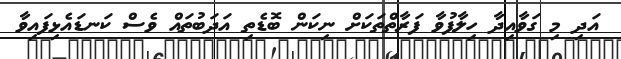
އަދި މި ގަވާއިދާ ހިލާފުވާ ފަރާތްތަކަށް ނިކަން ބޮޑެތި އަދަބުތައް ވެސް ކަނޑައެޅިފައިވާ